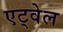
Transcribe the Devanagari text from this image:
एट्वेल